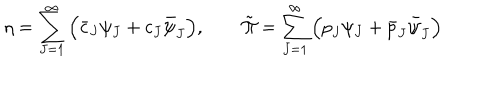
\eta = \sum _ { J = 1 } ^ { \infty } \Big ( \bar { c } _ { J } \psi _ { J } + c _ { J } \bar { \psi } _ { J } \Big ) , \qquad \tilde { \Pi } = \sum _ { J = 1 } ^ { \infty } \Big ( { p } _ { J } \psi _ { J } + \bar { p } _ { J } \bar { \psi } _ { J } \Big )